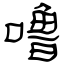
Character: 噜